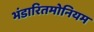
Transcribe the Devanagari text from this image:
भंडारितमोनियम